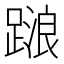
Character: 𨃹